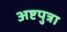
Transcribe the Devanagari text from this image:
अष्टपुत्रा